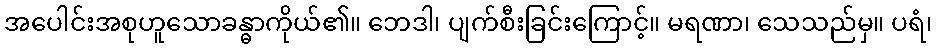
အပေါင်းအစုဟူသောခန္ဓာကိုယ်၏။ ဘေဒါ၊ ပျက်စီးခြင်းကြောင့်။ မရဏာ၊ သေသည်မှ။ ပရံ၊